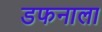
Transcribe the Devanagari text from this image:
डफनाला